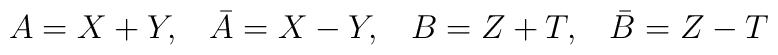
A=X+Y ,\;\;\;\bar{A}=X-Y ,\;\;\;B=Z+T ,\;\;\;\bar{B}=Z-T